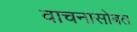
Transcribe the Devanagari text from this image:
वाचनासोबत